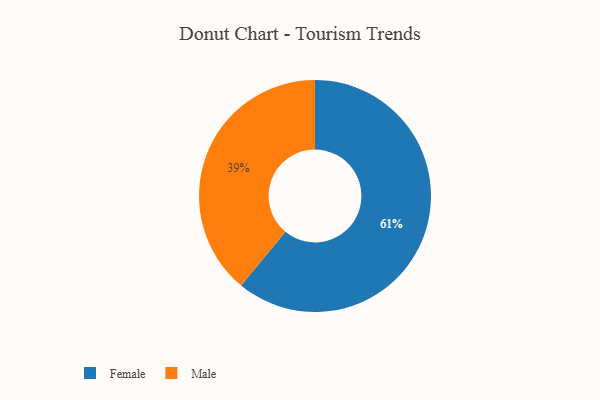
{"axis": {"x": "Category", "y": "Percentage"}, "legend": ["Female", "Male"], "data": [{"x": "Male", "y": 39, "type": "Male"}, {"x": "Female", "y": 61, "type": "Female"}]}